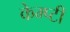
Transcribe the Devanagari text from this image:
केम्प्टी